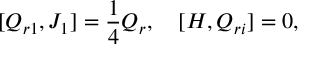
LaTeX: \lbrack { Q _ { r 1 } , J _ { 1 } } \rbrack = \frac { 1 } { 4 } Q _ { r } , \quad \lbrack { H , Q _ { r i } } \rbrack = 0 ,